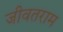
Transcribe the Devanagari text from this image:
जीवतराम